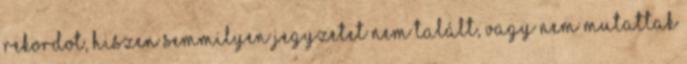
rekordot, hiszen semmilyen jegyzetet nem talált, vagy nem mutattak